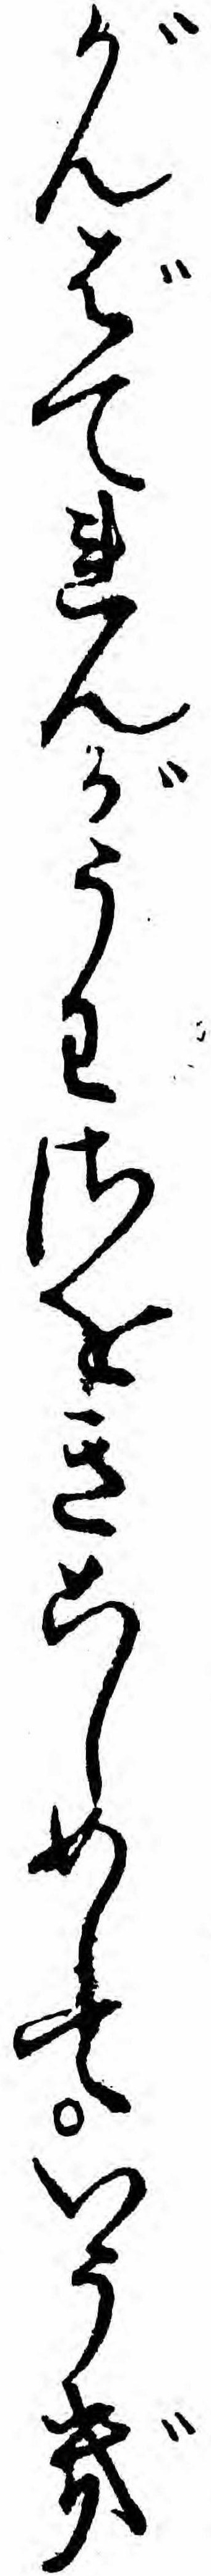
がんばてれんがうわさをきこしめしていそぎ